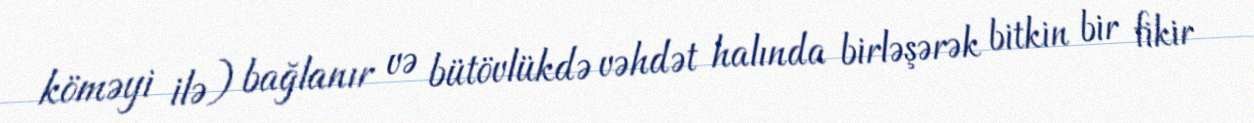
köməyi ilə) bağlanır və bütövlükdə vəhdət halında birləşərək bitkin bir fikir